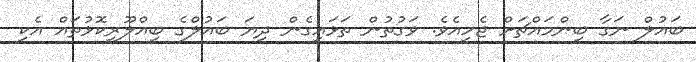
ބައުލް ނަގާ ބިންމައްޗަށް ޖެހިއެވެ. ވަގުތުން ތަޅައިގެން ދިޔަ ބައުލްގެ ބިއްލޫރިކޮޅުތައް އެކި